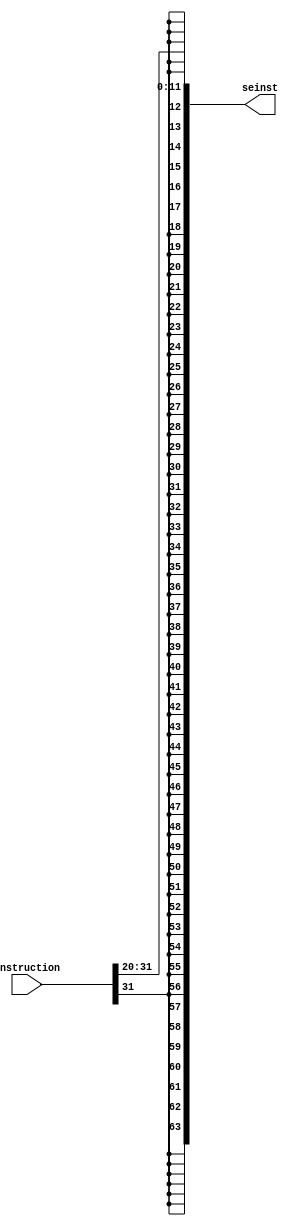
module sign(
input[31:0] instruction,
output[63:0] seinst
);

wire[31:0] inst;


assign inst = {{20{instruction[31]}}, instruction[31:20]};
assign seinst = {{32{inst[31]}}, inst};

endmodule